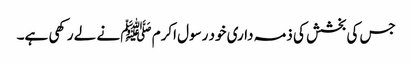
جس کی بخشش کی ذمہ داری خود رسول اکرم ﷺ نے لے رکھی ہے۔